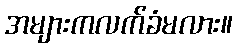
အများကလက်ခံမလား။